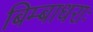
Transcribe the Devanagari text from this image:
बिम्बाधराः